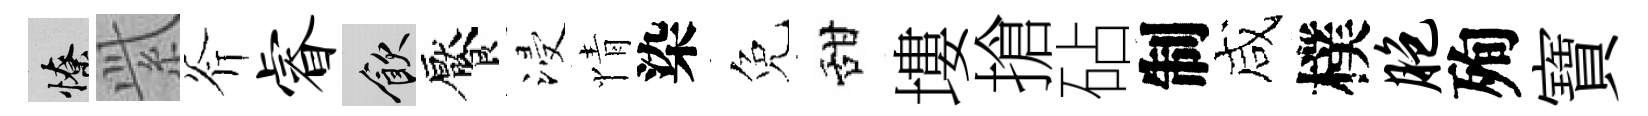
憭𬗋斧睿飲饜浸情染免甜塿搶砧制咸樸胞殉寶